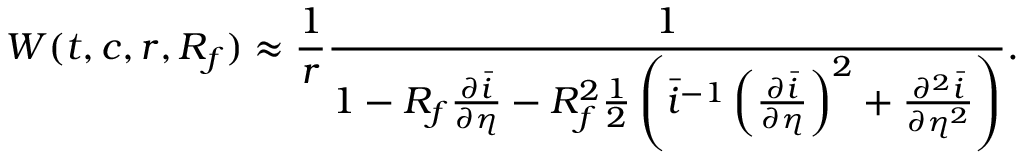
W ( t , c , r , R _ { f } ) \approx \frac { 1 } { r } \frac { 1 } { 1 - R _ { f } \frac { \partial \bar { i } } { \partial \eta } - R _ { f } ^ { 2 } \frac { 1 } { 2 } \left( \bar { i } ^ { - 1 } \left( \frac { \partial \bar { i } } { \partial \eta } \right) ^ { 2 } + \frac { \partial ^ { 2 } \bar { i } } { \partial \eta ^ { 2 } } \right) } .